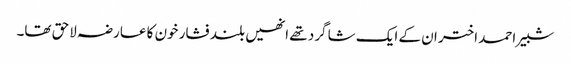
شبیر احمد اختر ان کے ایک شا گرد تھے انھیں بلند فشار خون کا عارضہ لاحق تھا۔